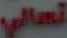
تسالي